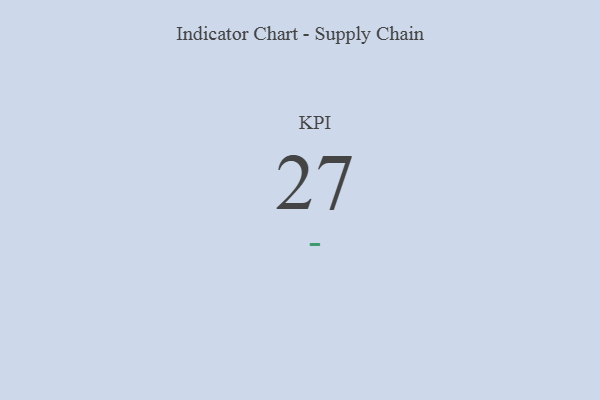
{"axis": {"x": "KPI", "y": "Value"}, "legend": [""], "data": [{"x": "KPI", "y": 27, "type": ""}]}